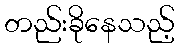
တည်းခိုနေသည့်